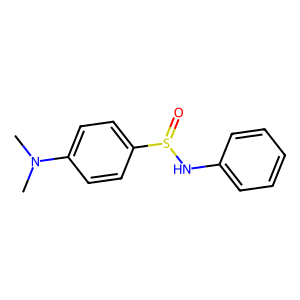
SMILES: CN(C)c1ccc(S(=O)Nc2ccccc2)cc1
Inhibits HIV replication: No